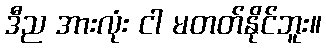
ဒီည အားလုံး ငါ မတတ်နိုင်ဘူး။